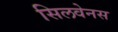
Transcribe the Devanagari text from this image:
सिलवेनस